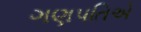
ગણપતિએ